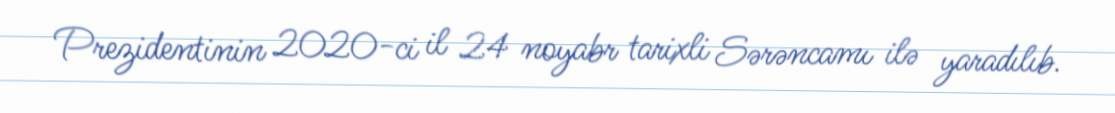
Prezidentinin 2020-ci il 24 noyabr tarixli Sərəncamı ilə yaradılıb.